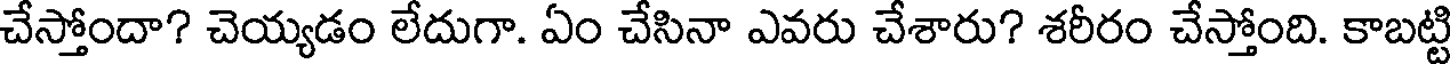
చేస్తోందా? చెయ్యడం లేదుగా. ఏం చేసినా ఎవరు చేశారు? శరీరం చేస్తోంది. కాబట్టి